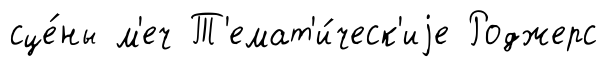
сце́ны м'еч Т'емат'и́ческ'иjе Роджерс